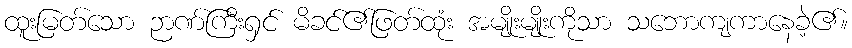
ထူးမြတ်သော ဉာဏ်ကြီးရှင် မိခင်၏ဖြတ်ထုံး အမျိုးမျိုးကိုသာ သဘောကျကာနေခဲ့၏။